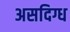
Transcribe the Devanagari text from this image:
असदिग्ध